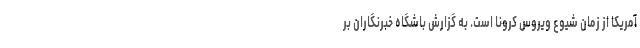
آمریکا از زمان شیوع ویروس کرونا است. به گزارش باشگاه خبرنگاران بر